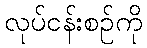
လုပ်ငန်းစဉ်ကို